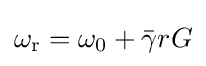
\omega _{\mathrm {r} }=\omega _{\mathrm {0} }+{\bar {\gamma }}rG